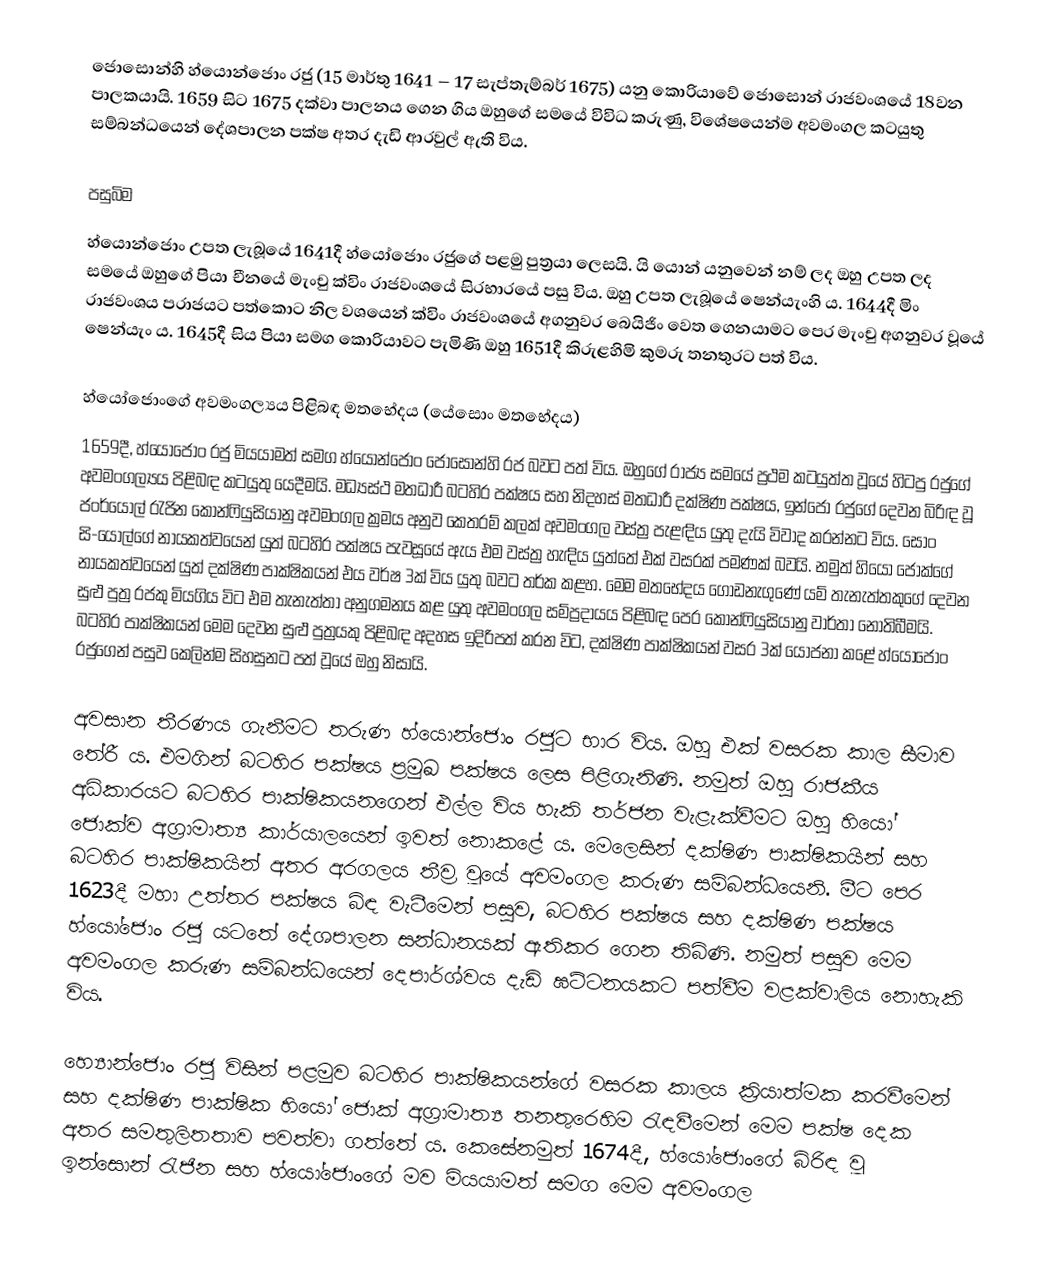
ජොසොන්හි හ්යොන්ජොං රජු (15 මාර්තු 1641 – 17 සැප්තැම්බර් 1675) යනු කොරියාවේ ජොසොන් රාජවංශයේ 18වන පාලකයායි. 1659 සිට 1675 දක්වා පාලනය ගෙන ගිය ඔහුගේ සමයේ විවිධ කරුණු, විශේෂයෙන්ම අවමංගල කටයුතු සම්බන්ධයෙන් දේශපාලන පක්ෂ අතර දැඩි ආරවුල් ඇති විය.

පසුබිම
හ්යොන්ජොං උපත ලැබූයේ 1641දී හ්යෝජොං රජුගේ පළමු පුත්‍රයා ලෙසයි. යි යොන් යනුවෙන් නම් ලද ඔහු උපත ලද සමයේ ඔහුගේ පියා චීනයේ මැංචු ක්විං රාජවංශයේ සිරභාරයේ පසු විය. ඔහු උපත ලැබූයේ ෂෙන්යැංහි ය. 1644දී මිං රාජවංශය පරාජයට පත්කොට නිල වශයෙන් ක්විං රාජවංශයේ අගනුවර බෙයිජිං වෙත ගෙනයාමට පෙර මැංචු අගනුවර වූයේ ෂෙන්යැං ය. 1645දී සිය පියා සමග කොරියාවට පැමිණි ඔහු 1651දී කිරුළහිමි කුමරු තනතුරට පත් විය.

හ්යෝජොංගේ අවමංගල්‍යය පිළිබඳ මතභේදය (යේසොං මතභේදය)
1659දී, හ්යෝජොං රජු මියයාමත් සමග හ්යොන්ජොං ‍ජොසොන්හි රජ බවට පත් විය. ඔහුගේ රාජ්‍ය සමයේ ප්‍රථම කටයුත්ත වූයේ හිටපු රජුගේ අවමංගල්‍යය පිළිබඳ කටයුතු යෙදීමයි. මධ්‍යස්ථ මතධාරී බටහිර පක්ෂය සහ නිදහස් මතධාරී දක්ෂිණ පක්ෂය, ඉන්ජෝ රජුගේ දෙවන බිරිඳ වූ ජංර්යොල් රැජින කොන්ෆියුසියානු අවමංගල ක්‍රමය අනුව කෙතරම් කලක් අවමංගල වස්ත්‍ර පැළඳිය යුතු දැයි විවාද කරන්නට විය. සොං සි-යොල්ගේ නායකත්වයෙන් යුත් බටහිර පක්ෂය පැවසූයේ ඇය එම වස්ත්‍ර හැඳිය යුත්තේ එක් වසරක් පමණක් බවයි. නමුත් හියෝ ජොක්ගේ නායකත්වයෙන් යුත් දක්ෂිණ පාක්ෂිකයන් එය වර්ෂ 3ක් විය යුතු බවට තර්ක කළහ. මෙම මතභේදය ගොඩනැගුණේ යම් තැනැත්තකුගේ දෙවන සුළු පුත්‍ර රජකු මියගිය විට එම තැනැත්තා අනුගමනය කළ යුතු අවමංගල සම්ප්‍රදායය පිළිබඳ පෙර කොන්ෆියුසියානු වාර්තා නොතිබීමයි. බටහිර පාක්ෂිකයන් මෙම දෙවන සුළු පුත්‍රයකු පිළිබඳ අදහස ඉදිරිපත් කරන විට, දක්ෂිණ පාක්ෂිකයන් වසර 3ක් යෝජනා කළේ හ්යෝජොං රජුගෙන් පසුව කෙලින්ම සිහසුනට පත් වූයේ ඔහු නිසායි.

අවසාන තීරණය ගැනීමට තරුණ හ්යොන්ජොං රජුට භාර විය. ඔහු එක් වසරක කාල සීමාව තේරී ය. එමගින් බටහිර පක්ෂය ප්‍රමුඛ පක්ෂය ලෙස පිළිගැනිණි. නමුත් ඔහු රාජකීය අධිකාරයට බටහිර පාක්ෂිකයනගෙන් එල්ල විය හැකි තර්ජන වැළැක්වීමට ඔහු හියෝ ජොක්ව අග්‍රාමාත්‍ය කාර්යාලයෙන් ඉවත් නොකළේ ය. මෙලෙසින් දක්ෂිණ පාක්ෂිකයින් සහ බටහිර පාක්ෂිකයින් අතර අරගලය තීව්‍ර වූයේ අවමංගල කරුණ සම්බන්ධයෙනි. මීට පෙර 1623දී මහා උත්තර පක්ෂය බිඳ වැටීමෙන් පසුව, බටහිර පක්ෂය සහ දක්ෂිණ පක්ෂය හ්යෝජොං රජු යටතේ දේශපාලන සන්ධානයක් ඇතිකර ගෙන තිබිණි. නමුත් පසුව මෙම අවමංගල කරුණ සම්බන්ධයෙන් දෙපාර්ශ්වය දැඩි ඝට්ටනයකට පත්වීම වළක්වාලිය නොහැකි විය.

හ්‍යොන්ජොං රජු විසින් පළමුව බටහිර පාක්ෂිකයන්ගේ වසරක කාලය ක්‍රියාත්මක කරවීමෙන් සහ දක්ෂිණ පාක්ෂික හියෝ ජොක් අග්‍රාමාත්‍ය තනතුරෙහිම රැඳවීමෙන් මෙම පක්ෂ දෙක අතර සමතුලිතතාව පවත්වා ගත්තේ ය. කෙසේනමුත් 1674දී, හ්යෝජොංගේ බිරිඳ වූ ඉන්සොන් රැජින සහ හ්යෝජොංගේ මව මියයාමත් සමග මෙම අවමංගල